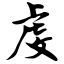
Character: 虔